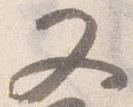
又